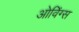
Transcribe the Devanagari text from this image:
ओविंग्स